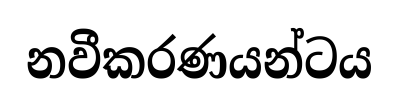
නවීකරණයන්ටය